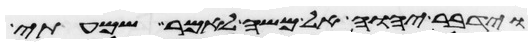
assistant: וידבר יהוה אל משה לאמר שמעתי